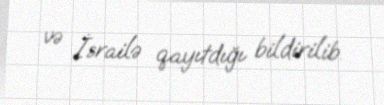
və İsrailə qayıtdığı bildirilib.